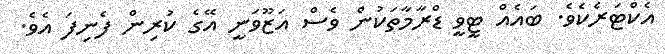
އެކްޓަރެކެވެ. ބައެއް ޓީވީ ޑްރާމާތަކުން ވެސް އަޒޫވަނީ އޭގެ ކުރިން ފެނިފަ އެވެ.